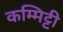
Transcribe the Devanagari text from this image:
कम्मिट्टी